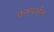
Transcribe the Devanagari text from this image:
कम्पर्सन